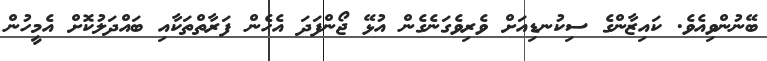
ބޭނުންވިއެވެ. ކައިޒާންގެ ސިކުނޑިއަށް ވެރިވެގަނެގެން އުޅޭ ޖޯންފަދަ އެހެން ފަރާތްތަކާއި ބައްދަލުކޮށް އެމީހުން